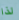
لذا